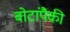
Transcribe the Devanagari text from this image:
बोटांपैकी